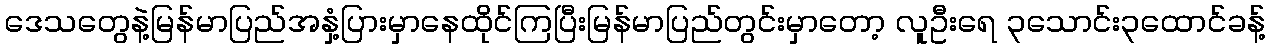
ဒေသတွေနဲ့မြန်မာပြည်အနှံ့ပြားမှာနေထိုင်ကြပြီးမြန်မာပြည်တွင်းမှာတော့ လူဦးရေ ၃သောင်း၃ထောင်ခန့်